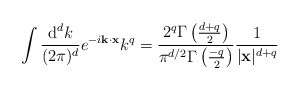
\begin{align*}\int \frac{\textup{d}^dk}{(2\pi)^d}e^{-i{\bf k}\cdot{\bf x}}k^q=\frac{2^q\Gamma\left(\frac{d+q}{2}\right)}{\pi^{d/2}\Gamma\left(\frac{-q}{2}\right)}\frac{1}{|{\bf x}|^{d+q}}\end{align*}